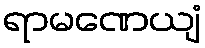
ရာမဏေယျံ